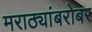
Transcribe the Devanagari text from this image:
मराठ्यांबरोबर